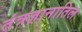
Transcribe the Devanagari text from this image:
तंत्रज्ञानातिल